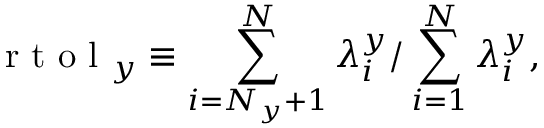
\mathrm { ~ r ~ t ~ o ~ l ~ } _ { y } \equiv \sum _ { i = N _ { y } + 1 } ^ { N } \lambda _ { i } ^ { y } / \sum _ { i = 1 } ^ { N } \lambda _ { i } ^ { y } ,